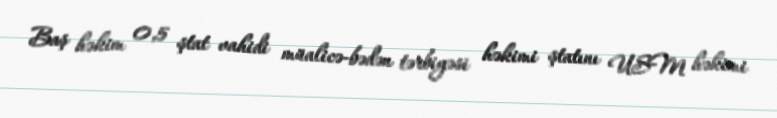
Baş həkim 0,5 ştat vahidi müalicə-bədən tərbiyəsi həkimi ştatını USM həkimi